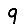
Digit: 9